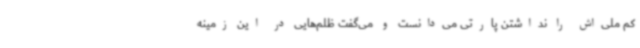
کم ملی‌اش را نداشتن پارتی می‌دانست و می‌گفت ظلم‌هایی در این زمینه